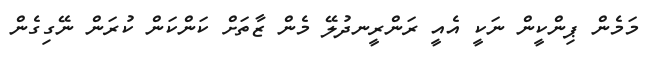
މަމެން ޕިންކީން ނަކީ އެއީ ރަންރީނދުލޭ މެން ޒާތަށް ކަންކަން ކުރަން ނޭގިގެން